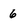
Character: 6